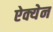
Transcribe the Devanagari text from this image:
ऐक्येन